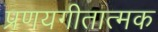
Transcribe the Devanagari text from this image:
प्रणयगीतात्मक